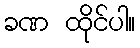
ခဏ ထိုင်ပါ။